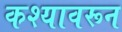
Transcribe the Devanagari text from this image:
कश्यावरून